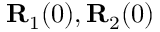
{ \bf R } _ { 1 } ( 0 ) , { \bf R } _ { 2 } ( 0 )